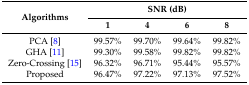
<table><thead><tr><td rowspan="2"><b>Algorithms</b></td><td colspan="4"><b>SNR (dB)</b></td></tr><tr><td><b>1</b></td><td><b>4</b></td><td><b>6</b></td><td><b>8</b></td></tr></thead><tbody><tr><td>PCA [8]</td><td>99.57%</td><td>99.70%</td><td>99.64%</td><td>99.82%</td></tr><tr><td>GHA [11]</td><td>99.30%</td><td>99.58%</td><td>99.82%</td><td>99.82%</td></tr><tr><td>Zero-Crossing [15]</td><td>96.32%</td><td>96.71%</td><td>95.44%</td><td>95.57%</td></tr><tr><td>Proposed</td><td>96.47%</td><td>97.22%</td><td>97.13%</td><td>97.52%</td></tr></tbody></table>